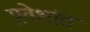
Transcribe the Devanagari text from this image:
प्रवेशांत